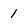
Character: 1